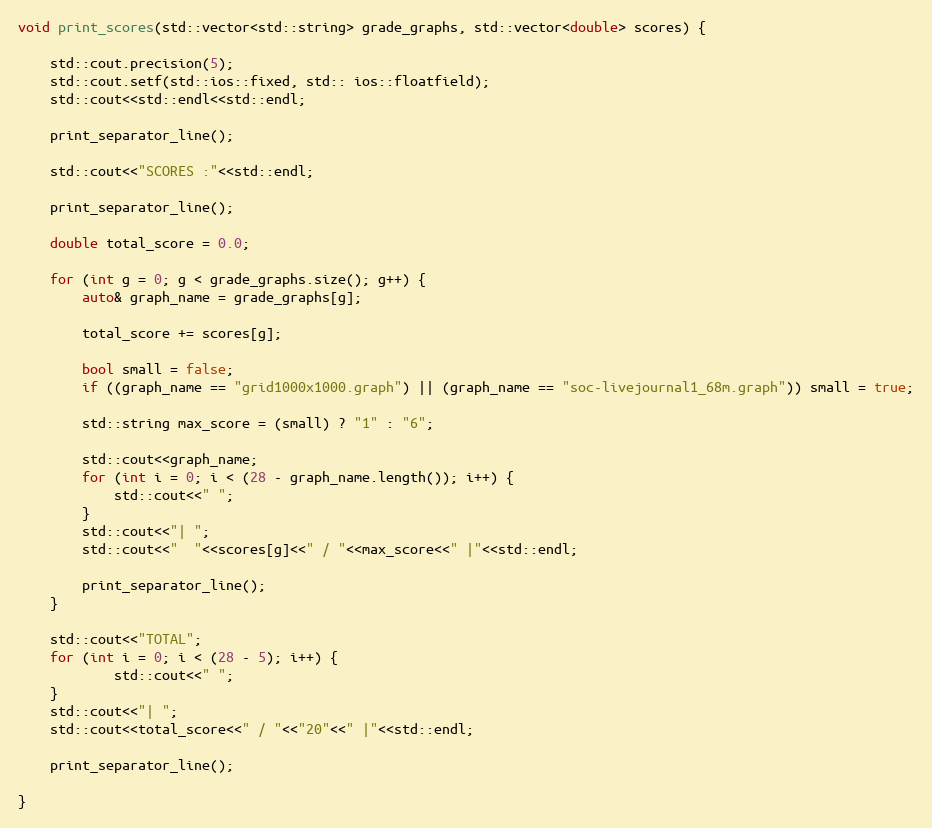
Language: C++
void print_scores(std::vector<std::string> grade_graphs, std::vector<double> scores) {

    std::cout.precision(5);
    std::cout.setf(std::ios::fixed, std:: ios::floatfield);
    std::cout<<std::endl<<std::endl;

    print_separator_line();

    std::cout<<"SCORES :"<<std::endl;

    print_separator_line();

    double total_score = 0.0;

    for (int g = 0; g < grade_graphs.size(); g++) {
        auto& graph_name = grade_graphs[g];

        total_score += scores[g];

        bool small = false;
        if ((graph_name == "grid1000x1000.graph") || (graph_name == "soc-livejournal1_68m.graph")) small = true;

        std::string max_score = (small) ? "1" : "6";

        std::cout<<graph_name;
        for (int i = 0; i < (28 - graph_name.length()); i++) {
            std::cout<<" ";
        }
        std::cout<<"| ";
        std::cout<<"  "<<scores[g]<<" / "<<max_score<<" |"<<std::endl;

        print_separator_line();
    }

    std::cout<<"TOTAL";
    for (int i = 0; i < (28 - 5); i++) {
            std::cout<<" ";
    }
    std::cout<<"| ";
    std::cout<<total_score<<" / "<<"20"<<" |"<<std::endl;

    print_separator_line();

}